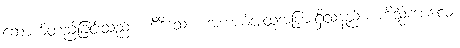
ဆောက်တည်ခြင်းသည်။ ကိဒိသော၊ အဘယ်အထုအပြားရှိသနည်း။ ကိသ္မိံကာလေ၊